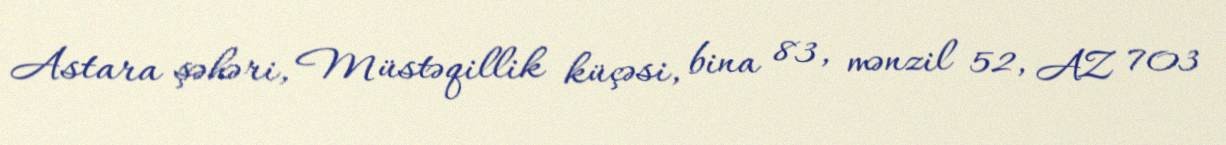
Astara şəhəri, Müstəqillik küçəsi, bina 83, mənzil 52, AZ 703